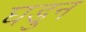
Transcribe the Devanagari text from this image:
घडुन